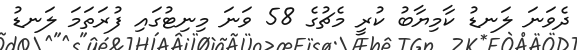
ދެވަނަ ލަނޑު ކާމިޔާބު ކުރީ މެޗުގެ 58 ވަނަ މިނިޓުގައި ފުރަތަމަ ލަނޑު